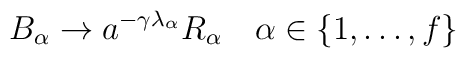
B_{\alpha} \to a^{-\gamma\lambda_{\alpha}}R_{\alpha} \quad \alpha \in \{1,\ldots,f\}